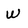
Character: W